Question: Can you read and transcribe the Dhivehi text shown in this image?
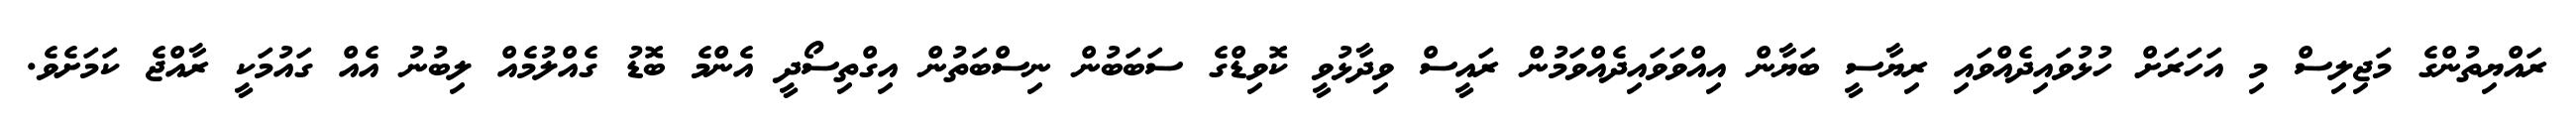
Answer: ރައްޔިތުންގެ މަޖިލިސް މި އަހަރަށް ހުޅުވައިދެއްވައި ރިޔާސީ ބަޔާން އިއްވަވައިދެއްވަމުން ރައީސް ވިދާޅުވީ ކޮވިޑްގެ ސަބަބުން ނިސްބަތުން އިގްތިސޯދީ އެންމެ ބޮޑު ގެއްލުމެއް ލިބުނު އެއް ގައުމަކީ ރާއްޖެ ކަމަށެވެ.